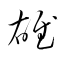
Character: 雄